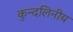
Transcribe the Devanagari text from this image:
कुन्दलिनीय